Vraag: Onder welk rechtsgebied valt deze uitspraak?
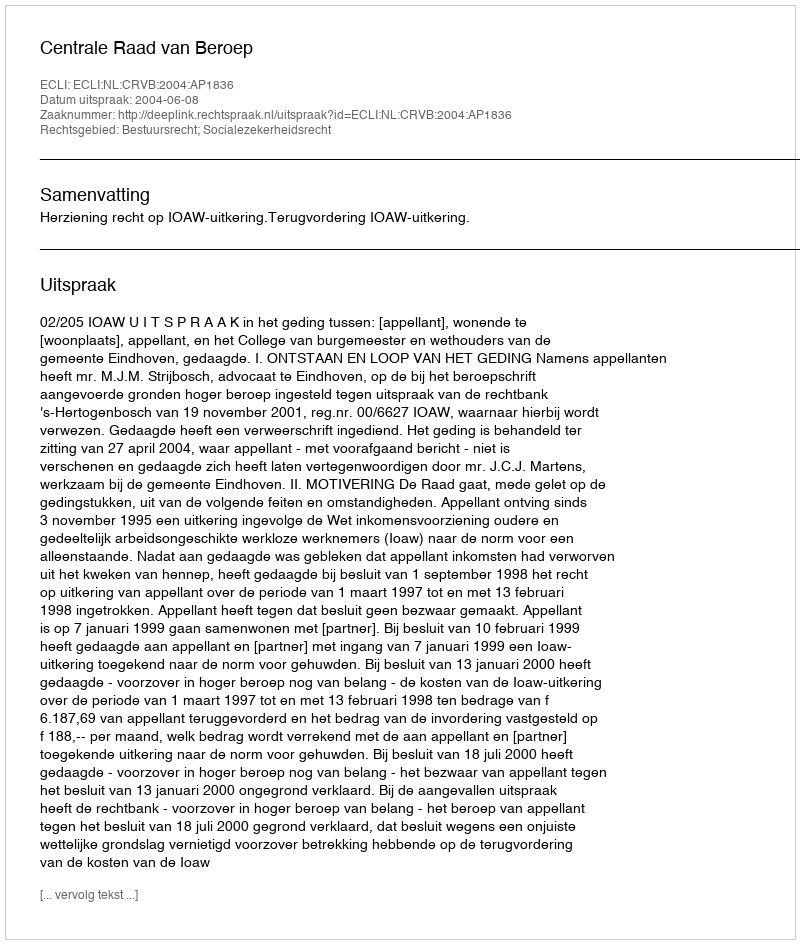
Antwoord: Bestuursrecht; Socialezekerheidsrecht